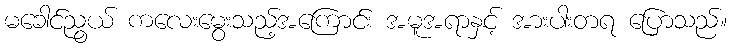
မခေါင်ညွယ် ကလေးမွေးသည့်အကြောင်း အမူအရာနှင့် အားပါးတရ ပြောသည်။